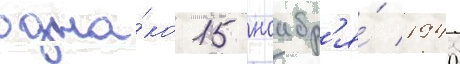
одна́ко 15 ноабр'я́ 1940